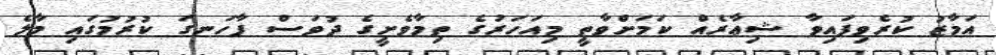
އަމާޒު ކުރެވިފައިވާ ޝިޢާރެއް ކަމަށްވާތީ މިއަހަރުގެ ތިމާވެށީގެ ދުވަސް ފާހަނގަ ކުރުމުގައި މާލެ